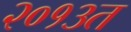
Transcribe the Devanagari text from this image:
२०१३त